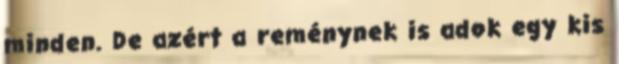
minden. De azért a reménynek is adok egy kis